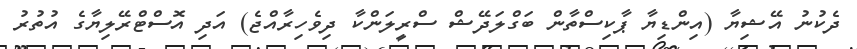
ދެކުނު އޭޝިޔާ (އިންޑިޔާ ޕާކިސްތާން ބަގްލަދޭޝް ސްރީލަންކާ ދިވެހިރާއްޖެ) އަދި އޮސްޓްރޭލިޔާގެ އުތުރު